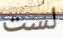
لست